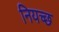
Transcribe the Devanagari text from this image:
नियच्छ